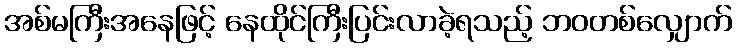
အစ်မကြီးအနေဖြင့် နေထိုင်ကြီးပြင်းလာခဲ့ရသည့် ဘဝတစ်လျှောက်